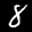
Label: 8